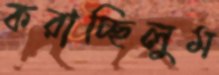
করাচ্ছিলুম